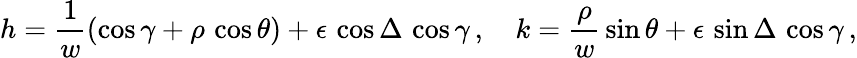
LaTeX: h=\frac{1}{w}\left(\cos\gamma+\rho\, \cos\theta\right)+\epsilon\, \cos\Delta\, \cos\gamma\, ,\quad k=\frac{\rho}{w}\, \sin\theta+\epsilon\, \sin\Delta\, \cos\gamma\, ,